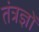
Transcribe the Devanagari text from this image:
तंत्रज्ञों